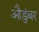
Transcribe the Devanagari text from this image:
औडुंबर